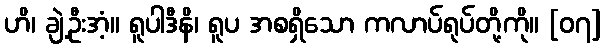
ဟိ၊ ချဲ့ဦးအံ့။ ရူပါဒီနိ၊ ရူပ အစရှိသော ကလာပ်ရုပ်တို့ကို။ [၀၇]